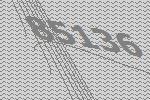
85136